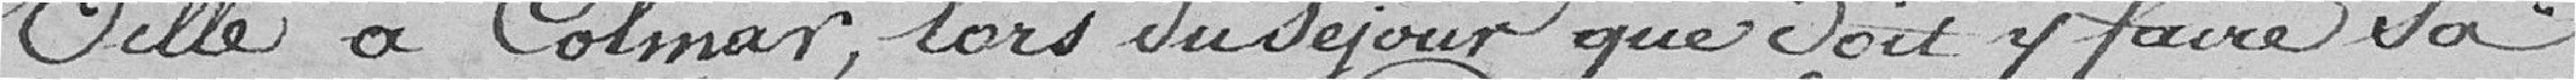
ville à Colmar, lors du séjour que doit y faire sa